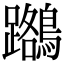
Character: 𪆽